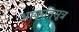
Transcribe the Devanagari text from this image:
आकृतिसूत्र